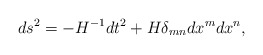
\begin{align*}ds^2=- H ^{-1}dt^2 + H \delta_{mn}dx^m dx^n,\end{align*}